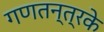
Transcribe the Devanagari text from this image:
गणतन्त्रके